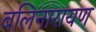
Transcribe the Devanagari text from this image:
बलिनारायण